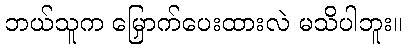
ဘယ်သူက မြှောက်ပေးထားလဲ မသိပါဘူး။